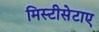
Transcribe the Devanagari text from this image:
मिस्टीसेटाए